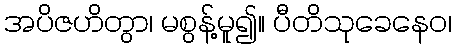
အပိဇဟိတွာ၊ မစွန့်မူ၍။ ပီတိသုခေနေဝ၊